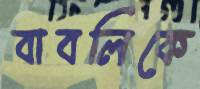
বাবলিকে